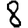
Digit: 8